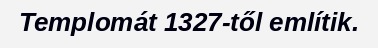
Templomát 1327-től említik.